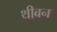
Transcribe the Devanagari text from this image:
थीबन